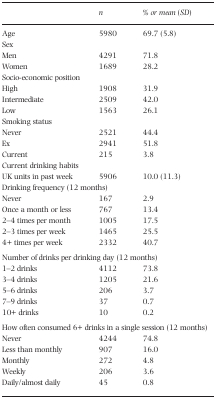
<table><thead><tr><td></td><td><b><i>n</i></b></td><td><b>% <i>or mean</i> (<i>SD</i>)</b></td></tr></thead><tbody><tr><td>Age</td><td>5980</td><td>69.7 (5.8)</td></tr><tr><td colspan="3">Sex</td></tr><tr><td>Men</td><td>4291</td><td>71.8</td></tr><tr><td>Women</td><td>1689</td><td>28.2</td></tr><tr><td colspan="3">Socio‐economic position</td></tr><tr><td>High</td><td>1908</td><td>31.9</td></tr><tr><td>Intermediate</td><td>2509</td><td>42.0</td></tr><tr><td>Low</td><td>1563</td><td>26.1</td></tr><tr><td colspan="3">Smoking status</td></tr><tr><td>Never</td><td>2521</td><td>44.4</td></tr><tr><td>Ex</td><td>2941</td><td>51.8</td></tr><tr><td>Current</td><td>215</td><td>3.8</td></tr><tr><td colspan="3">Current drinking habits</td></tr><tr><td>UK units in past week</td><td>5906</td><td>10.0 (11.3)</td></tr><tr><td colspan="3">Drinking frequency (12 months)</td></tr><tr><td>Never</td><td>167</td><td>2.9</td></tr><tr><td>Once a month or less</td><td>767</td><td>13.4</td></tr><tr><td>2–4 times per month</td><td>1005</td><td>17.5</td></tr><tr><td>2–3 times per week</td><td>1465</td><td>25.5</td></tr><tr><td>4+ times per week</td><td>2332</td><td>40.7</td></tr><tr><td colspan="3">Number of drinks per drinking day (12 months)</td></tr><tr><td>1–2 drinks</td><td>4112</td><td>73.8</td></tr><tr><td>3–4 drinks</td><td>1205</td><td>21.6</td></tr><tr><td>5–6 drinks</td><td>206</td><td>3.7</td></tr><tr><td>7–9 drinks</td><td>37</td><td>0.7</td></tr><tr><td>10+ drinks</td><td>10</td><td>0.2</td></tr><tr><td colspan="3">How often consumed 6+ drinks in a single session (12 months)</td></tr><tr><td>Never</td><td>4244</td><td>74.8</td></tr><tr><td>Less than monthly</td><td>907</td><td>16.0</td></tr><tr><td>Monthly</td><td>272</td><td>4.8</td></tr><tr><td>Weekly</td><td>206</td><td>3.6</td></tr><tr><td>Daily/almost daily</td><td>45</td><td>0.8</td></tr></tbody></table>